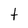
Character: t